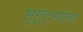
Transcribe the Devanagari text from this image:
भृगूत्तमांना